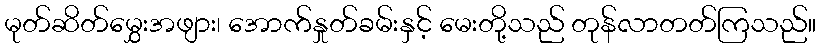
မုတ်ဆိတ်မွှေးအဖျား၊ အောက်နှုတ်ခမ်းနှင့် မေးတို့သည် တုန်လာတတ်ကြသည်။